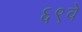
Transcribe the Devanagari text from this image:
६९वे